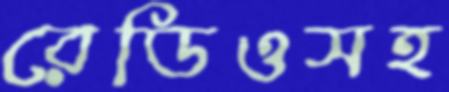
রেডিওসহ